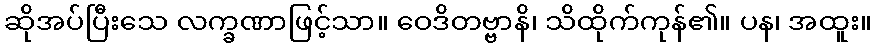
ဆိုအပ်ပြီးသေ လက္ခဏာဖြင့်သာ။ ဝေဒိတဗ္ဗာနိ၊ သိထိုက်ကုန်၏။ ပန၊ အထူး။